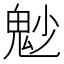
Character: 𩲎